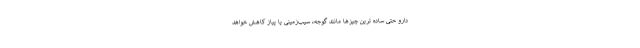
دارو حتی ساده ترین چیزها مانند گوجه، سیب‌زمینی یا پیاز کاهش خواهد